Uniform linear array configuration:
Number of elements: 64
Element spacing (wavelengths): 1
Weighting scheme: cosine
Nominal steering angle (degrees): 0
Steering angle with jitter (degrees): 1.317
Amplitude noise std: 0.05
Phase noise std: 0.05

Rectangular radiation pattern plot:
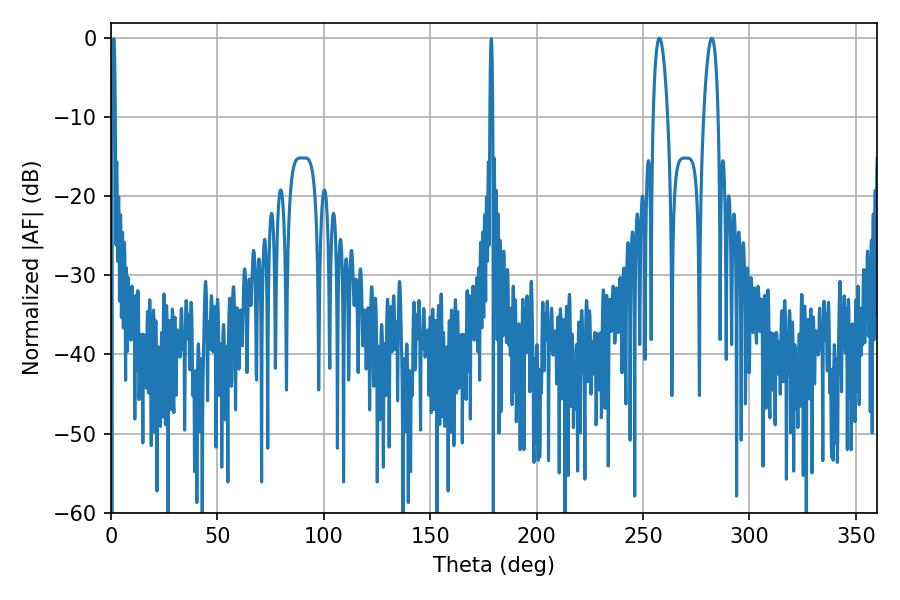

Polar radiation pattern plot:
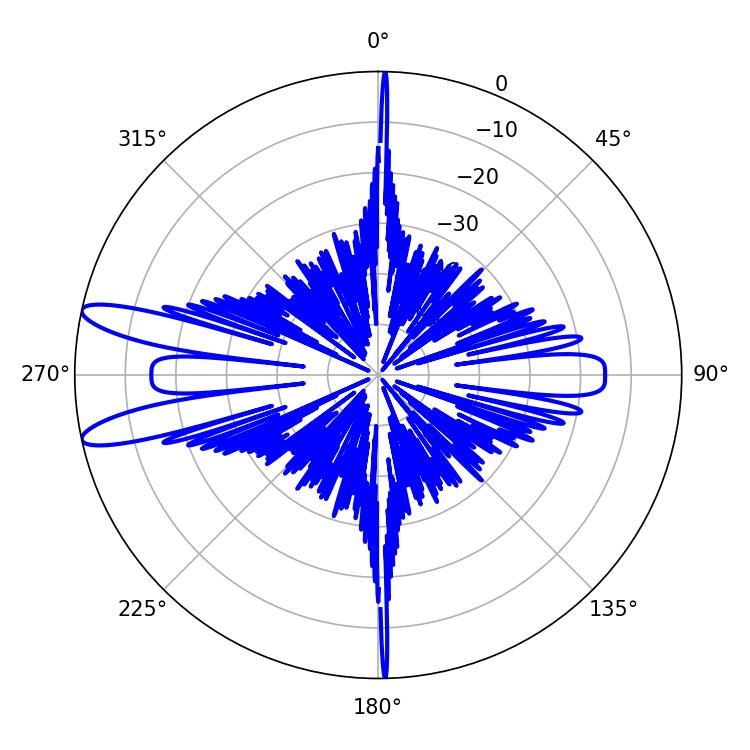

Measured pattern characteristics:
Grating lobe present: TRUE
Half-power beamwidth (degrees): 3.78
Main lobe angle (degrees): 257.76